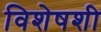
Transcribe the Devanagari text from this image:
विशेषशी